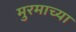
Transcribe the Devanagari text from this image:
मुरमाच्या